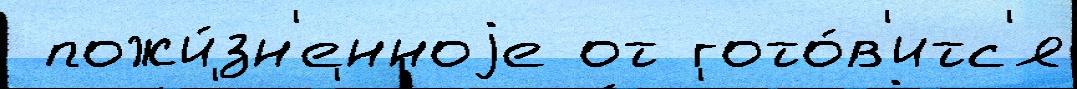
 пожи́зн'енноjе от гото́в'итс'я